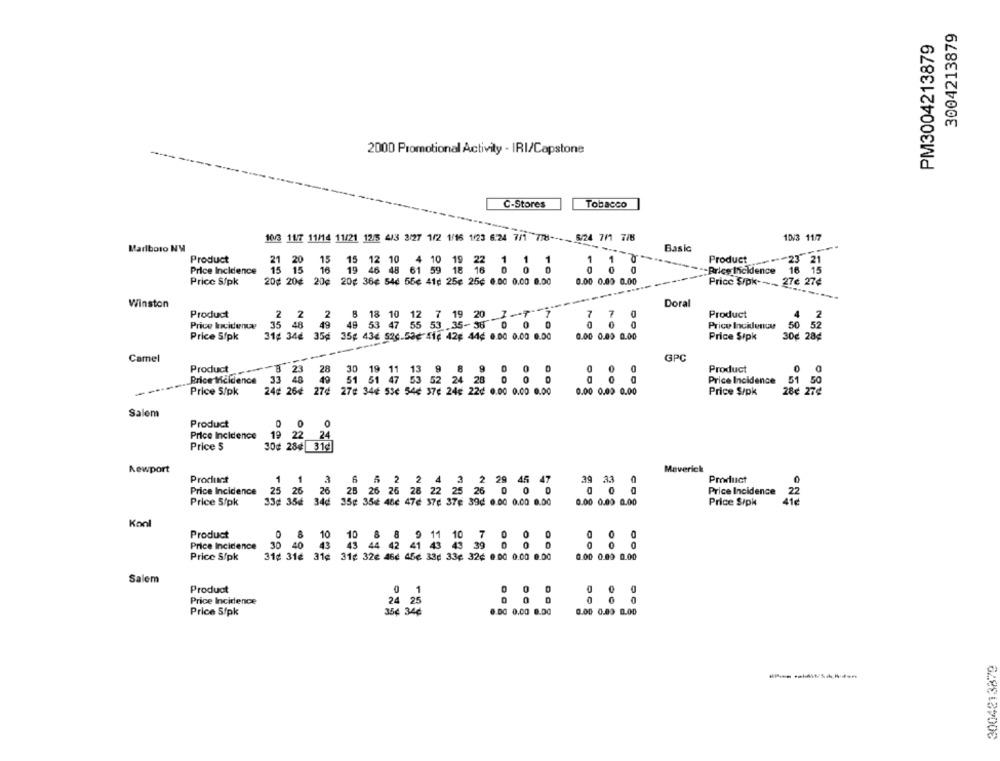
3004213879
PM3004213879
2000 Promotional Activity - IRI/Capstone
C-Stores
Tobacco
10/3 11/7 11/14 11/21 12/5 413 3/27 1/2 1/16 1/23 6.24 7/1 7/8 ---- 5/24 7/1 7/8
10/3 11/7
Marlboro NY
Basic
Product
O
Product
23 21
Price Incidence
-Price Incidence
16 15
Price S/pk
20¢ 20¢ 20¢ 20¢ 36¢ 54¢ 55¢ 41¢ 25¢ 25¢ 0.00 0.00 0.00
0.00 0.00 0.00
pog
27€ 27¢
Price Spk ---
Winston
Doral
Product
2 2 2
8
18 1
2 7 19 20 1-7 7
7 7 0
Product
2
Price Incidence
35 48 49
49
49 53
00 0
Price Incidenuy
50
35¢ 35g 4
55 53 35-35 0 0 0
0.00 0.00 0.00
30¢ 28€
52
Price S/pk
$ 436 526.50¢-11, 42, 44€ 0.00 0.00 0.00
Price Sipk
GPC
Camel
Product
B 23
28
30
19
Product
Price Incidence
48
49
51 51 47 53 52 24 28 0 0 0
Price Incidence
----
51
51 50
Price 5/pk
24¢ 264
0.00 0.00 0.00
Price S/pk
28¢ 27¢
Salem
Product
0
0
Price Incidence
19 22
24
Price 5
30¢ 28¢ 31d
Newport
Maverick
Product
1 1
3
Pmduct
29 45
Price Incidence
25
25 26 26 2B
26
26
28
28
22
00
Price Incidence
Price 5/pk
33¢ 356 34¢ 35¢
350
354
Price S/pk
22
S76 376
4 8.00 0.00 8.00
Konl
O
Product
Price Incidence
43
45
39 0 0 0
00
Price S/pk
31¢ 316 31¢ 31¢ 326 46¢ 45€ 33¢ 33
0.00 0.00 0.00
€ 32¢ 0.00 0.00 0.00
Salem
Product
Price Incidence
00
24 25
00
Price S/pk
35¢ 34¢
0.00 0.00 0.00
0.00 0.09 0.00
3004213879
-------